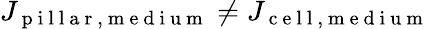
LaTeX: J_{\mathrm{~p~i~l~l~a~r~,~m~e~d~i~u~m~}}\neq J_{\mathrm{~c~e~l~l~,~m~e~d~i~u~m~}}